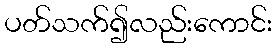
ပတ်သက်၍လည်းကောင်း